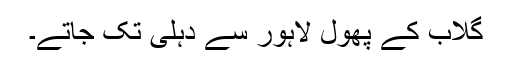
گلاب کے پھول لاہور سے دہلی تک جاتے۔